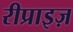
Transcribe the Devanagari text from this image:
रीप्राइज़